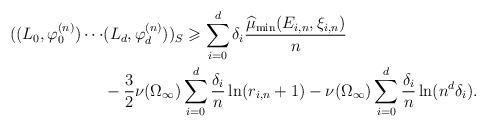
LaTeX: \begin{align*}((L_{0},\varphi_0^{(n)})\cdots&(L_d,\varphi_d^{(n)}))_S\geqslant \sum_{i=0}^d\delta_i\frac{\widehat{\mu}_{\min}(E_{i,n},\xi_{i,n})}{n}\\&-\frac 32\nu(\Omega_\infty)\sum_{i=0}^d\frac{\delta_i}{n}\ln(r_{i,n}+1)-\nu(\Omega_\infty)\sum_{i=0}^d\frac{\delta_i}{n}\ln(n^d\delta_i).\end{align*}